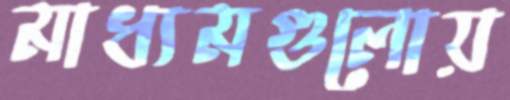
মাধ্যমগুলোয়